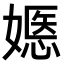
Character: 嫕